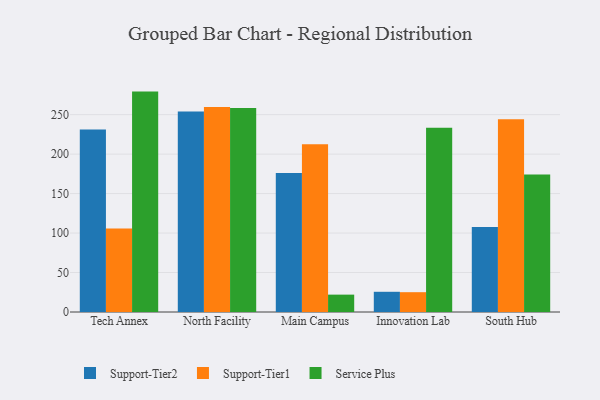
{"axis": {"x": "Campus", "y": "Headcount"}, "legend": ["Service Plus", "Support-Tier1", "Support-Tier2"], "data": [{"x": "Tech Annex", "y": 231.2, "type": "Support-Tier2"}, {"x": "Tech Annex", "y": 105.8, "type": "Support-Tier1"}, {"x": "Tech Annex", "y": 279.2, "type": "Service Plus"}, {"x": "North Facility", "y": 254.1, "type": "Support-Tier2"}, {"x": "North Facility", "y": 259.8, "type": "Support-Tier1"}, {"x": "North Facility", "y": 258.3, "type": "Service Plus"}, {"x": "Main Campus", "y": 176.0, "type": "Support-Tier2"}, {"x": "Main Campus", "y": 212.4, "type": "Support-Tier1"}, {"x": "Main Campus", "y": 22.0, "type": "Service Plus"}, {"x": "Innovation Lab", "y": 25.6, "type": "Support-Tier2"}, {"x": "Innovation Lab", "y": 25.1, "type": "Support-Tier1"}, {"x": "Innovation Lab", "y": 233.5, "type": "Service Plus"}, {"x": "South Hub", "y": 107.7, "type": "Support-Tier2"}, {"x": "South Hub", "y": 244.3, "type": "Support-Tier1"}, {"x": "South Hub", "y": 174.2, "type": "Service Plus"}]}